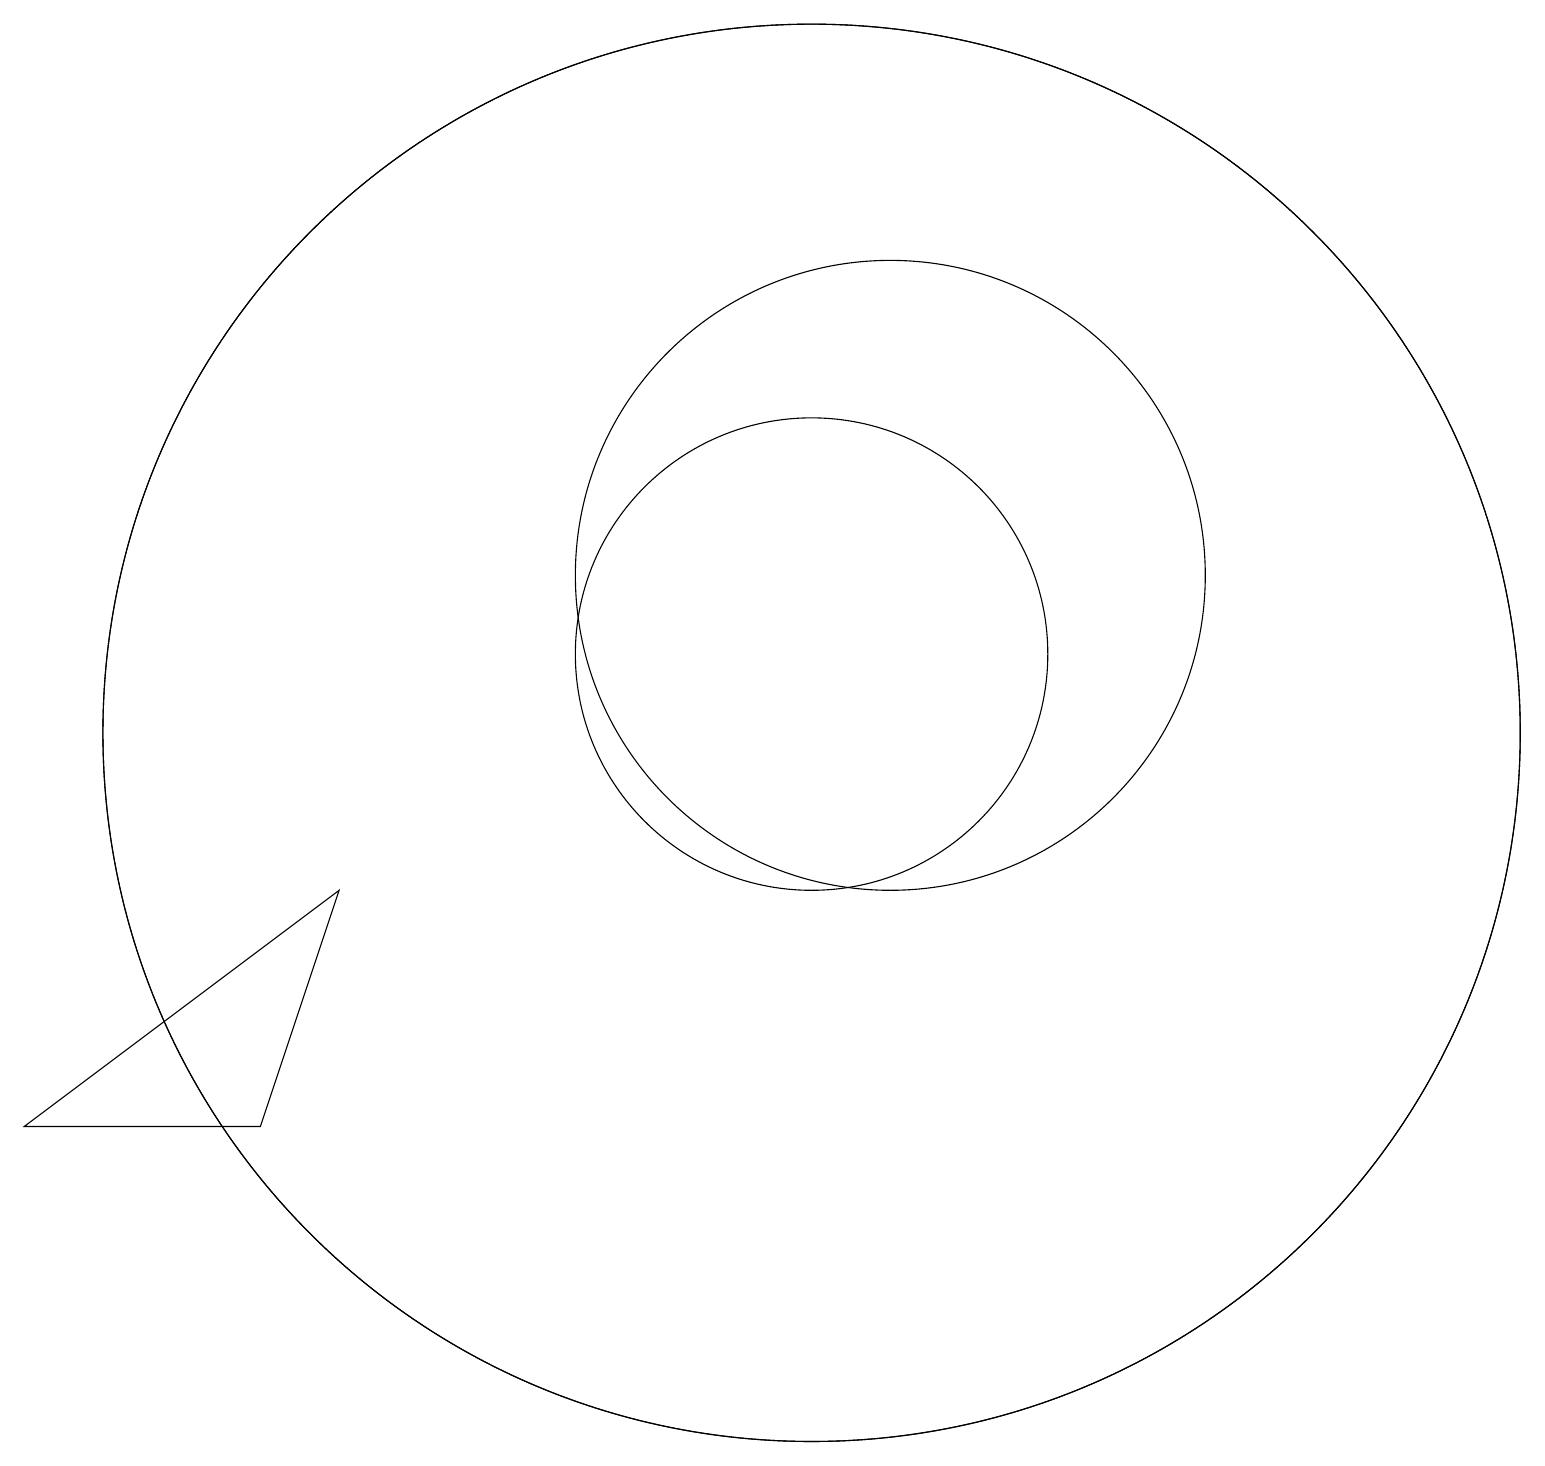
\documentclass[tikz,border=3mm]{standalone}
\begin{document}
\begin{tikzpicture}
\draw (0,5) -- (3,5) -- (4,8) -- cycle;
\draw (10,11) circle (3);
\draw (11,12) circle (4);
\draw (10,10) circle (9);
\draw (10,10) circle (9);
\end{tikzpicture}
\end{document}